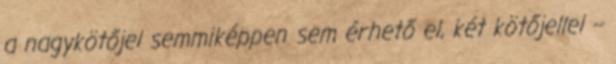
a nagykötőjel semmiképpen sem érhető el, két kötőjellel --